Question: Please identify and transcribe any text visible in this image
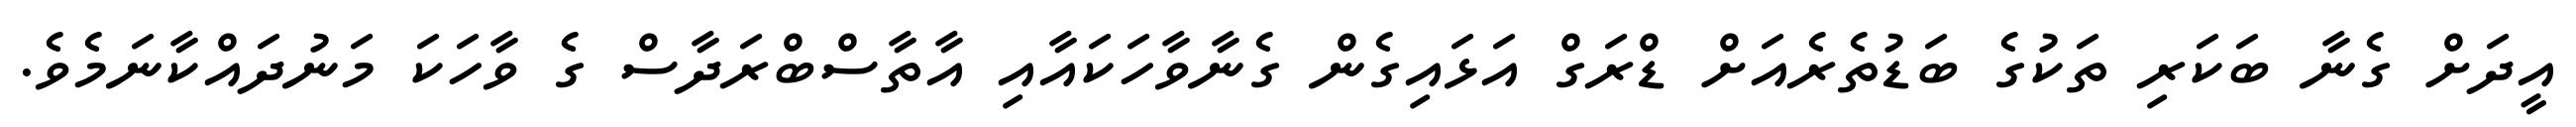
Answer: އީދަށް ގެނާ ބަކަރި ތަކުގެ ބަޑުތެރެއަށް ޑްރަގް އަޅައިގެން ގެނާވާހަކައާއި އާތާސްބްރަދާސް ގެ ވާހަކަ މަނުދައްކާނަމެވެ.